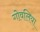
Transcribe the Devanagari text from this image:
गोवलिया